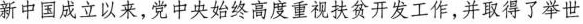
新中国成立以来，党中央始终高度重视扶贫开发工作，并取得了举世